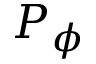
P _ { \phi }